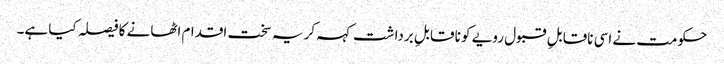
حکومت نے اسی ناقابلِ قبول رویے کو نا قابلِ برداشت کہہ کر یہ سخت اقدام اٹھانے کا فیصلہ کیا ہے۔